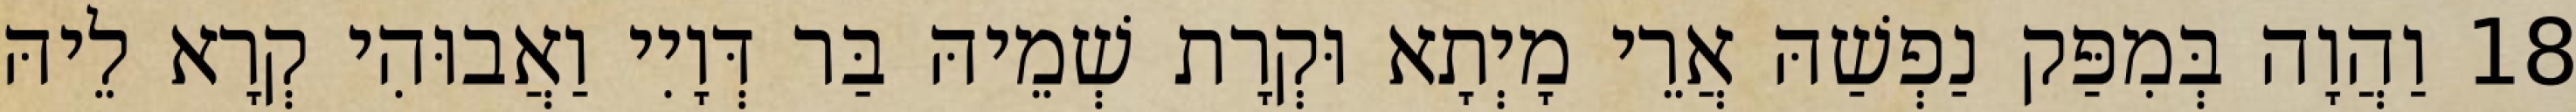
18 וַהֲוָה בְּמִפַּק נַפְשַׁהּ אֲרֵי מָיְתָא וּקְרָת שְׁמֵיהּ בַּר דְּוָיִי וַאֲבוּהִי קְרָא לֵיהּ